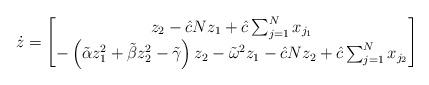
LaTeX: \begin{align*}\dot{z} = \begin{bmatrix}z_2-\hat{c}Nz_1+\hat{c}\sum_{j=1}^{N} x_{j_1} \\-\left( \tilde{\alpha}z_1^2+\tilde{\beta}z_2^2-\tilde{\gamma} \right)z_2 - \tilde{\omega}^2 z_1 - \hat{c}Nz_2 + \hat{c} \sum_{j=1}^{N} x_{j_2}\end{bmatrix}\end{align*}